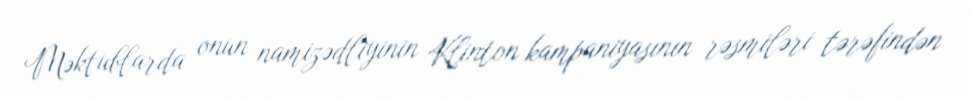
Məktublarda onun namizədliyinin Klinton kampaniyasının rəsmiləri tərəfindən